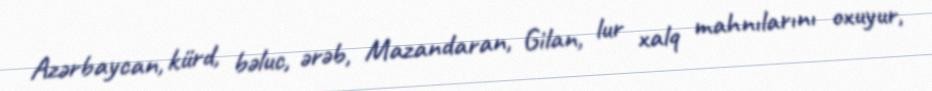
Azərbaycan, kürd, bəluc, ərəb, Mazandaran, Gilan, lur xalq mahnılarını oxuyur,